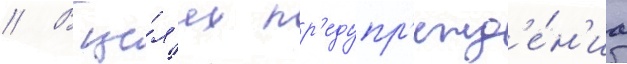
// В це́л'ях пр'едупр'ежд'е́н'иа